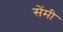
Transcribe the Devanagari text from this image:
सेेंमी